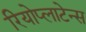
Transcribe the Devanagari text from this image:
रियोप्लाटेन्स